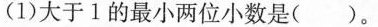
(1) 大于 1 的最小两位小数是( )。